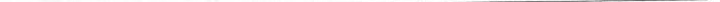
___